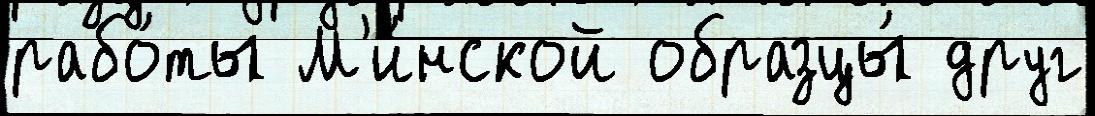
рабо́ты М'и́нской образцы́ друг